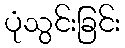
ပုံသွင်းခြင်း